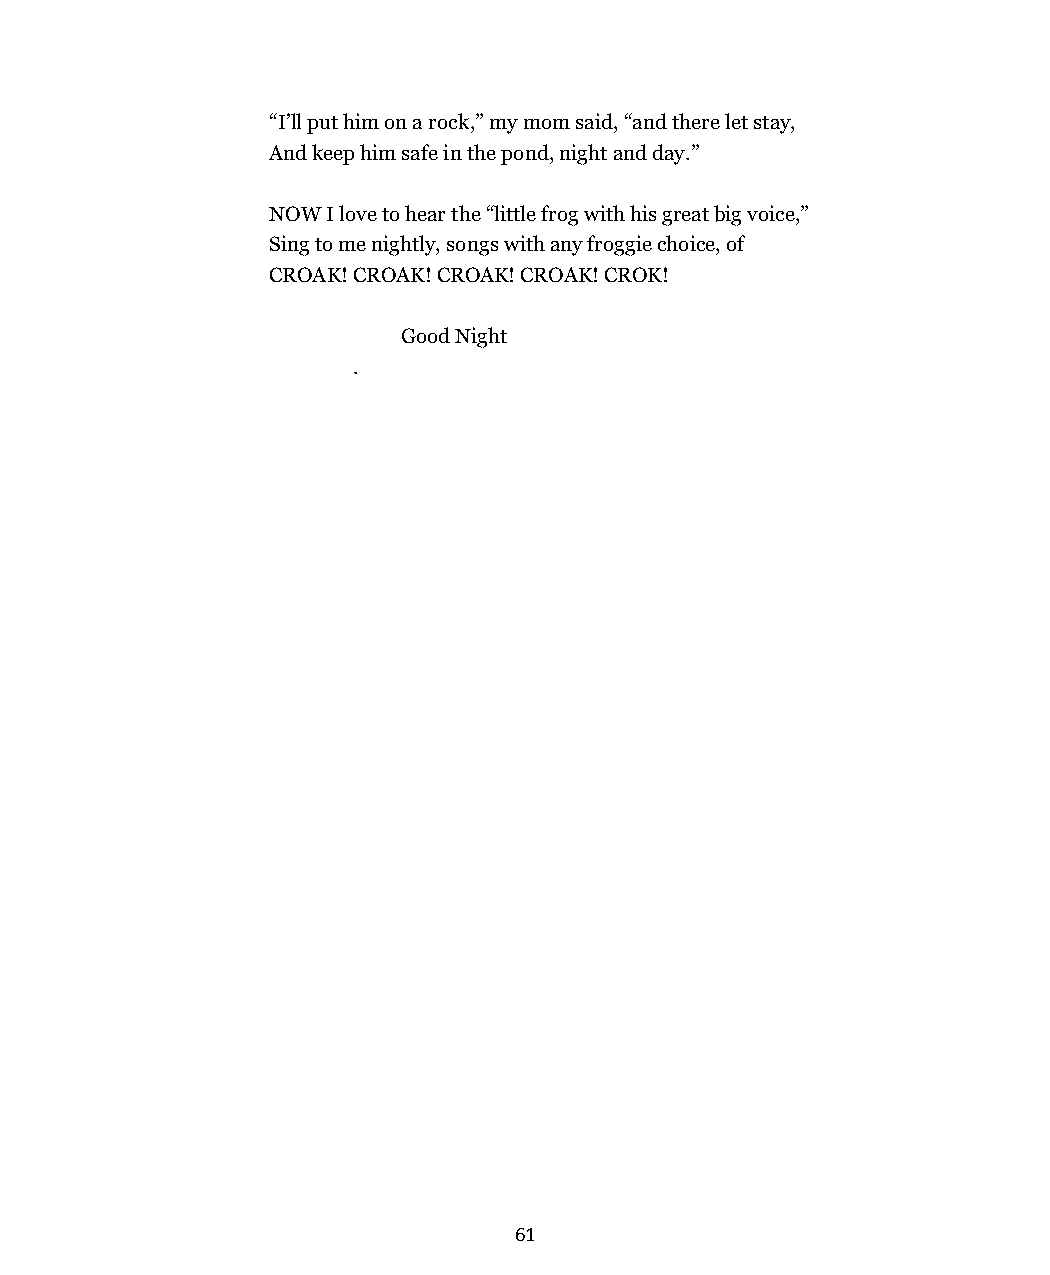
“I’ll put him on a rock,” my mom said, “and there let stay,
 And keep him safe in the pond, night and day.”
 NOW I love to hear the “little frog with his great big voice,”
 Sing to me nightly, songs with any froggie choice, of
 CROAK! CROAK! CROAK! CROAK! CROK!
 Good Night
 .
 61